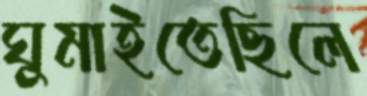
ঘুমাইতেছিলে